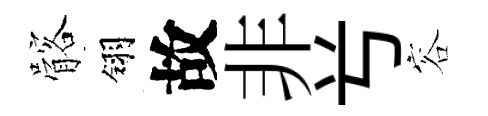
髂翎故非𠔃容